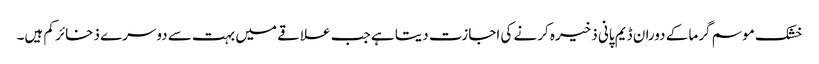
خشک موسم گرما کے دوران ڈیم پانی ذخیرہ کرنے کی اجازت دیتا ہے جب علاقے میں بہت سے دوسرے ذخائر کم ہیں۔